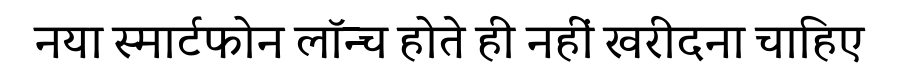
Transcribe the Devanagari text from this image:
नया स्मार्टफोन लॉन्च होते ही नहीं खरीदना चाहिए